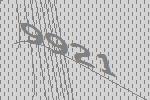
9921